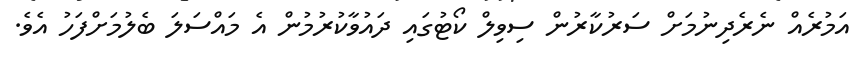
އަމުރެއް ނެރެދިނުމަށް ސަރުކާރުން ސިވިލް ކޯޓުގައި ދައުވާކުރުމުން އެ މައްސަލަ ބެލުމަށްފަހު އެވެ.